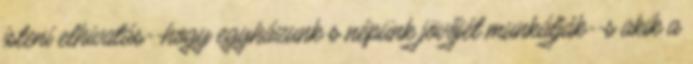
isteni elhivatás--hogy egyházunk s népünk jövőjét munkálják--s akik a